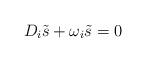
LaTeX: \begin{align*}D_i{\tilde s} + \omega_i{\tilde s} = 0\end{align*}